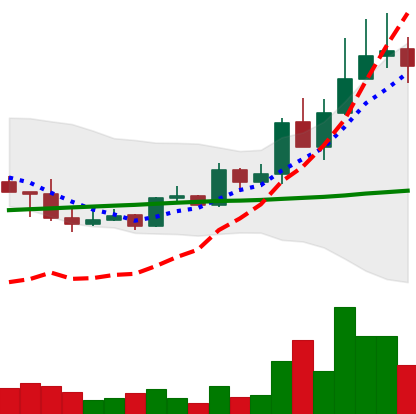
Ticker: LINK-USD
Chart end date: 2019-05-12
Forward return: 34.916%
Label: up_7plus